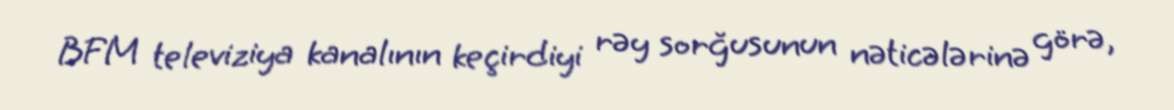
BFM televiziya kanalının keçirdiyi rəy sorğusunun nəticələrinə görə,